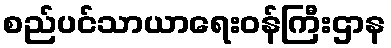
စည်ပင်သာယာရေးဝန်ကြီးဌာန